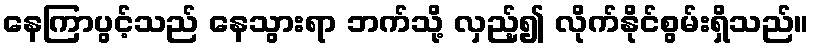
နေကြာပွင့်သည် နေသွားရာ ဘက်သို့ လှည့်၍ လိုက်နိုင်စွမ်းရှိသည်။